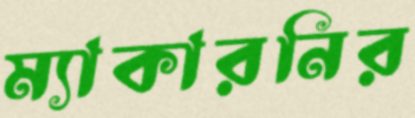
ম্যাকারনির